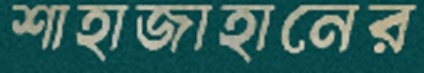
শাহাজাহানের